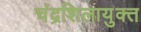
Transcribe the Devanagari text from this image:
चंद्रशिलायुक्त